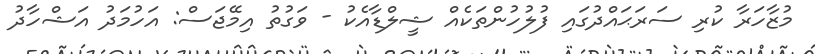
މުޒާހަރާ ކުރި ސަރަޙައްދުގައި ފުލުހުންތަކެއް ޝީލްޑާއެކު - ވަގުތު އިމޭޖަސް: އަހުމަދު އަޝްހާދު